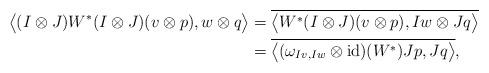
LaTeX: \begin{align*}\bigl\langle(I\otimes J)W^*(I\otimes J)(v\otimes p),w\otimes q\bigr\rangle&=\overline{\bigl\langle W^*(I\otimes J)(v\otimes p),Iw\otimes Jq\bigr\rangle} \\&=\overline{\bigl\langle(\omega_{Iv,Iw}\otimes\operatorname{id})(W^*)Jp,Jq\bigr\rangle},\end{align*}